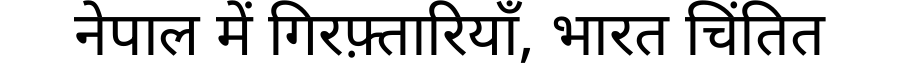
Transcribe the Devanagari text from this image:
नेपाल में गिरफ़्तारियाँ, भारत चिंतित